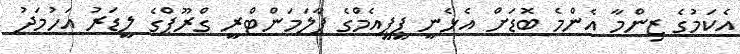
އެކަމުގެ ޒިންމާ އެންމެ ބޮޑަށް އެޅެނީ ޕީޕީއެމްގެ ޕާލަމަންޓްރީ ގްރޫޕްގެ ލީޑަރު އަހުމަދު